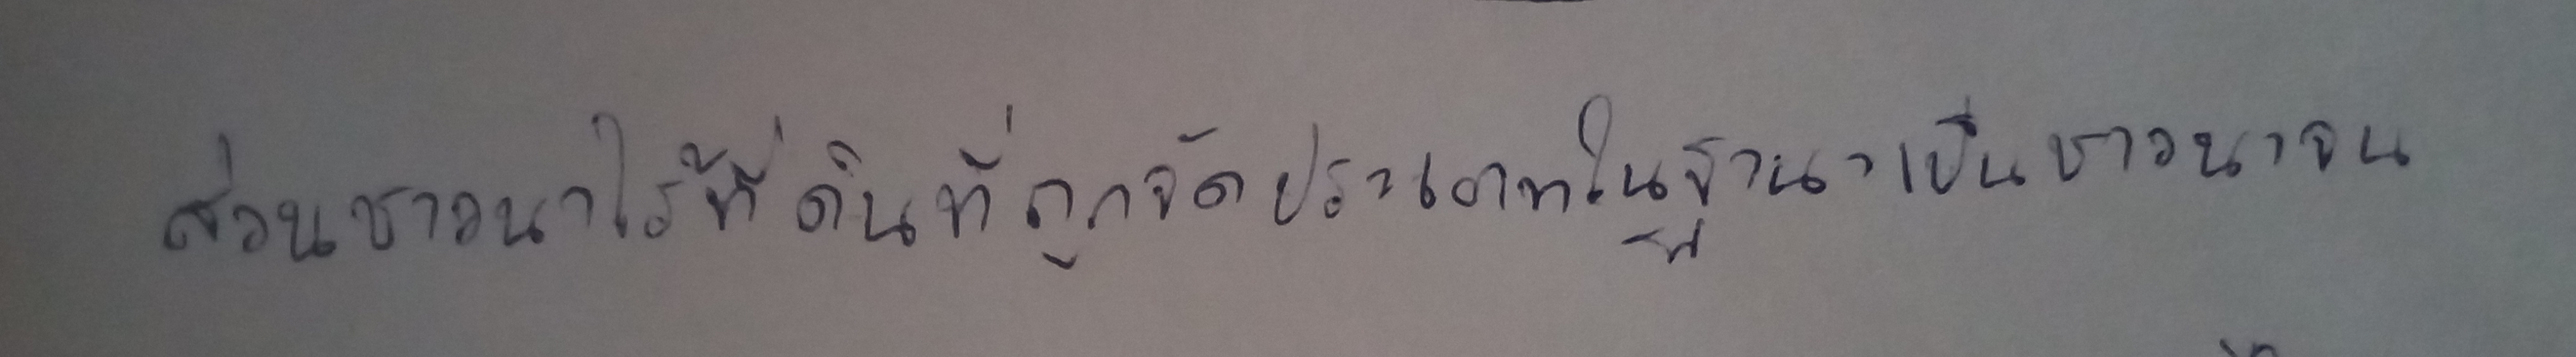
ส่วนชาวนาไร้ที่ดินที่ถูกจัดประเภทในฐานะเป็นชาวนาจน